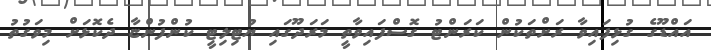
އައްޑޫގެ ގުޅިފައިވާ ރަށްތަކުން ކަރަންޓު ގޮސްފައިވާތީ މަރަދޫގައި ޔުޓިލިޓީ ކުންފުންޏާ ދެކޮޅަށް މިވަގުތު